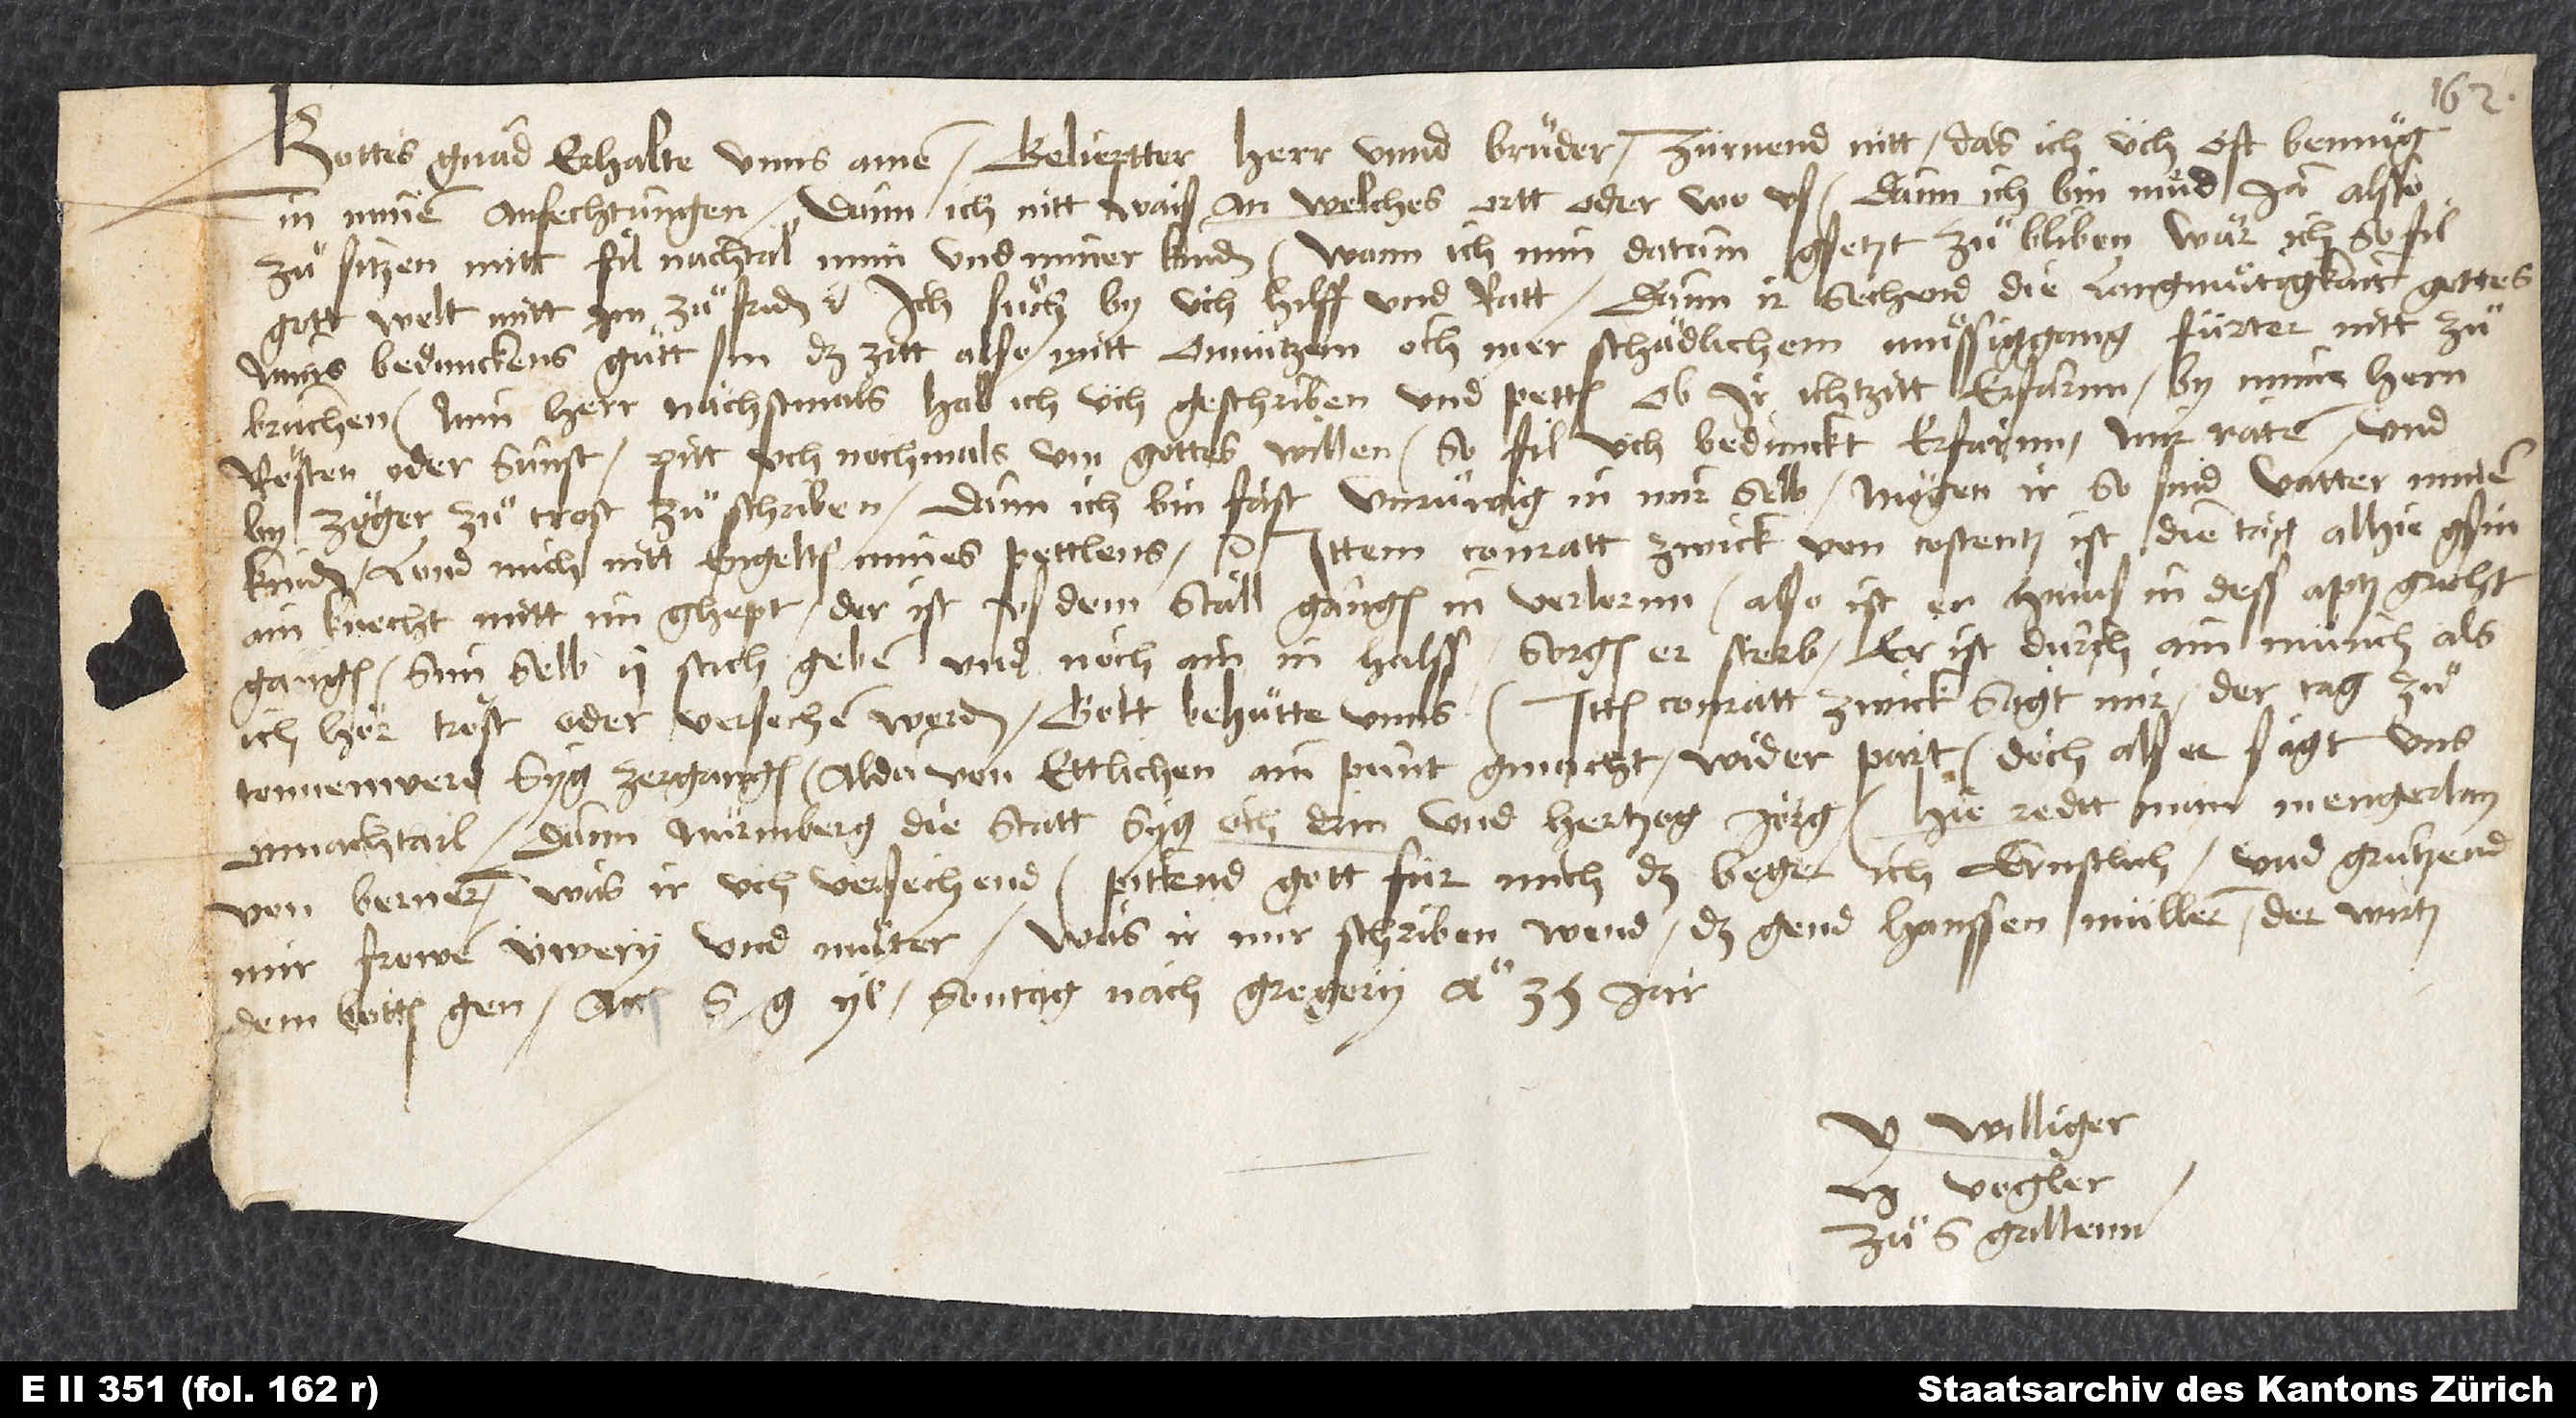
Gottes gnad erhalte unns. Amen. Gelieptter herr unnd bruͦder, zürnend nitt, das ich üch oft bemuͤg
in minen anfechtungen; dann ich nitt waiß, an welches ortt oder wo us; dann ich bin muͤd, ja alsso
zuͦ sitzen mitt fil nachtal min und miner kinden. Wann ich min datum gsetzt zuͦ bliben, wär ich so fil
gott welt mitt im zuͦfriden etc. Ich suͦch by üch hilff und ratt; dann ir sechend die langmuͤtigkait gottes.
Mins bedunckens guͦtt sin, das zitt also mitt onnützem, och mer schädlichem muͤssiggang fürter nitt zuͦ
bruchen. Min herr, nächstmals hab ich üch geschriben und petten, ob ir ichtzitt erfarnn by mim hem
Rösten oder sunst. Pitt uch nochmals um gottes willen, so fil üch bedunckt erfarnn, mir raten und
by zöger zuͦ trost zuͦ schriben. Dann ich bin fast unruͦwig in mir selb. Mögen ir, so sind vatter minen
kinden. Lond mich nitt engélten mines pettlens. Ittem Conratt Zwick von Costentz ist die tagen alhie gsin,
ain knecht mitt im ghept, der ist us dem stall gangen, in verlornn. Also ist er hinus in dess aptz gricht
gangen, sim selb 2 stich geben und noch ain in halss. Sorgen, er sterb. Er ist durch ain münch, als
ich hör, tröst oder versechen worden. Gott behuͤtte unns. Ittem Conratt Zwick sagt mir, der tag zuͦ
Tonnenwerd syg zergangen. Alda von ettlichen ain punt gmacht widerpart; doch, als er sagt, uns
on nachtail, dann Nürmberg die statt, syg och drin und hertzog Jörg. Hie redtt man mengerlay
von Bernern, was ir uch versechend. Pittend gott für mich; das beger ich ernstlich. Und gruͤtzend
mir frowen üwery und muͦter Was ir mir schriben wend, das gend Hanssen Müllern. Der wirtz
dem botten gen. Actum S. G, yl, sontag nach Gregory anno 35. jar.
U williger
H. Vogler
zuͦ S. Gallenn.